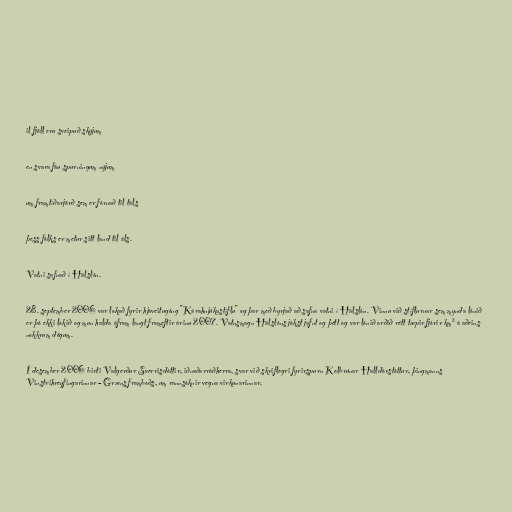
il fjöll eru sveipuð skýjum

en svara fáu spurningum nýjum

um framtíðarjörð sem er fórnað til táls

þess fólks er metur sitt land til áls.

Vatni safnað í Hálslón.

28. september 2006 var lokað fyrir hjáveitugöng "Kárahnjúkastíflu" og þar með byrjað að safna vatni í Hálslón. Vinnu við stíflurnar sem mynda lónið
er þó ekki lokið og mun halda áfram langt frameftir árinu 2007. Vatnsmagn Hálslóns jókst jafnt og þétt og var lónið orðið rétt tæpir fjórir km² á aðeins
nokkrum dögum.

Í desember 2006 birti Valgerður Sverrisdóttir, iðnaðarráðherra, svar við skriflegri fyrirspurn Kolbrúnar Halldórstóttur, þingmanns
Vinstrihreyfingarinnar - Græns framboðs, um rannsóknir vegna virkunarinnar.